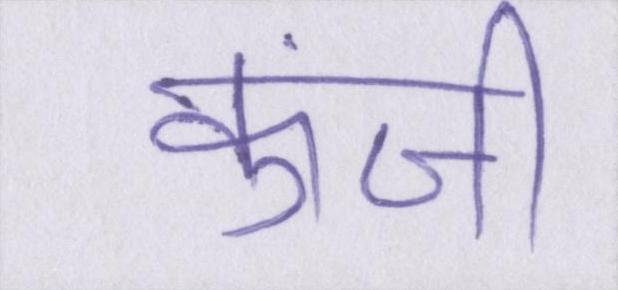
कुंजी